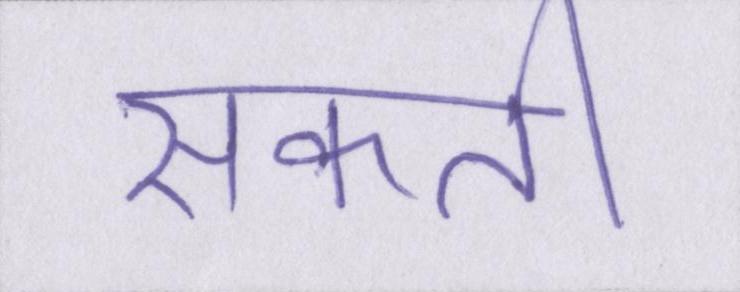
सकती